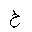
Letter: _kha